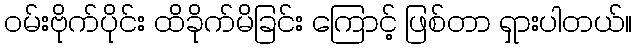
ဝမ်းဗိုက်ပိုင်း ထိခိုက်မိခြင်း ကြောင့် ဖြစ်တာ ရှားပါတယ်။